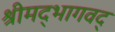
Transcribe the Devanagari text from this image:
श्रीमद्भागवद्